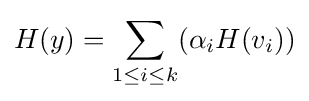
H(y)=\sum _{1\leq i\leq k}(\alpha _{i}H(v_{i}))